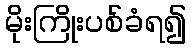
မိုးကြိုးပစ်ခံရ၍